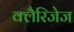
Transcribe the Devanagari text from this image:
क्लैरिजेज